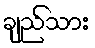
ချည်သား